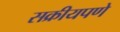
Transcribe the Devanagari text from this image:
सक्रीयपणे